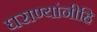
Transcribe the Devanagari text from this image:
घराण्यांनीहि